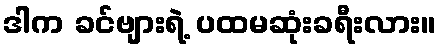
ဒါက ခင်ဗျားရဲ့ ပထမဆုံးခရီးလား။